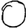
Digit: 0